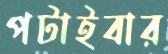
পটাইবার